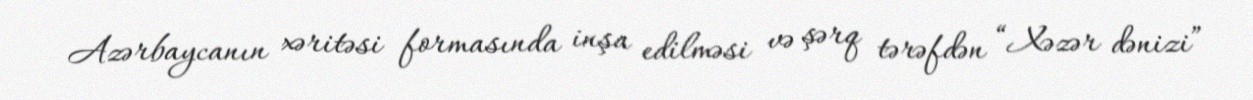
Azərbaycanın xəritəsi formasında inşa edilməsi və şərq tərəfdən “Xəzər dənizi”